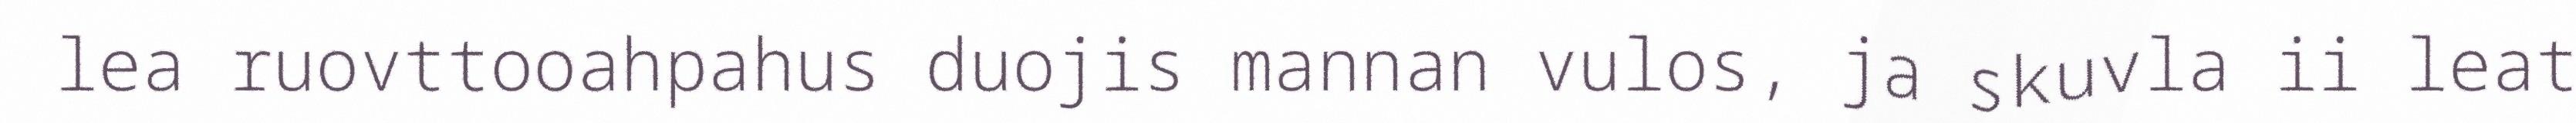
lea ruovttooahpahus duojis mannan vulos, ja skuvla ii leat